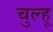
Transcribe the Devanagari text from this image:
चुल्हू